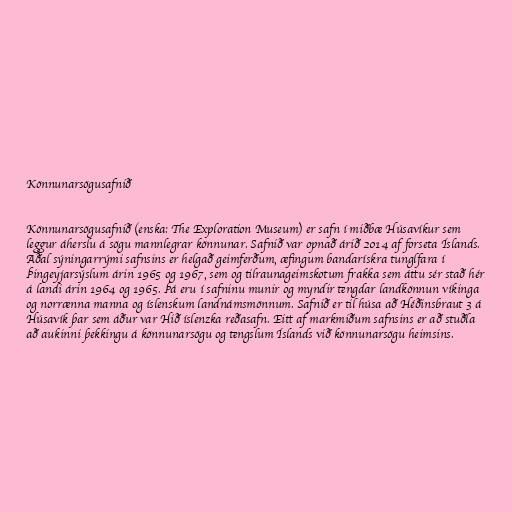
Könnunarsögusafnið

Könnunarsögusafnið (enska: The Exploration Museum) er safn í miðbæ Húsavíkur sem
leggur áherslu á sögu mannlegrar könnunar. Safnið var opnað árið 2014 af forseta Íslands.
Aðal sýningarrými safnsins er helgað geimferðum, æfingum bandarískra tunglfara í
Þingeyjarsýslum árin 1965 og 1967, sem og tilraunageimskotum frakka sem áttu sér stað hér
á landi árin 1964 og 1965. Þá eru í safninu munir og myndir tengdar landkönnun víkinga
og norrænna manna og íslenskum landnámsmönnum. Safnið er til húsa að Héðinsbraut 3 á
Húsavík þar sem áður var Hið íslenzka reðasafn. Eitt af markmiðum safnsins er að stuðla
að aukinni þekkingu á könnunarsögu og tengslum Íslands við könnunarsögu heimsins.